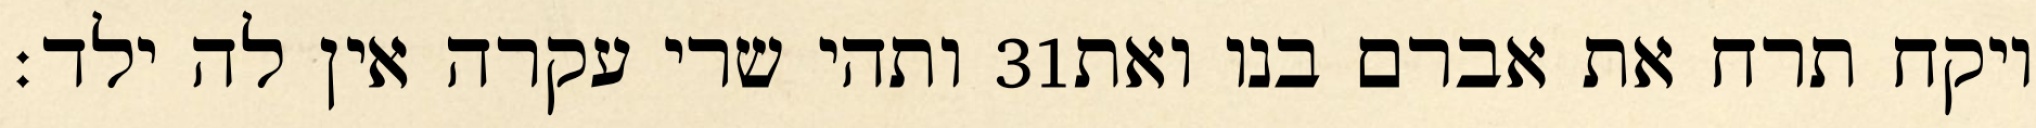
ותהי שרי עקרה אין לה ילד׃ ‎31‏ ויקח תרח את אברם בנו ואת